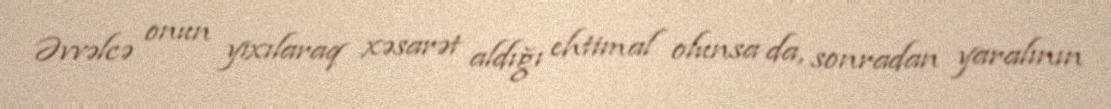
Əvvəlcə onun yıxılaraq xəsarət aldığı ehtimal olunsa da, sonradan yaralının